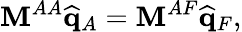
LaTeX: \mathbf{M}^{AA}\widehat{\mathbf{q}}_{A}=\mathbf{M}^{AF}\widehat{\mathbf{q}}_{F},